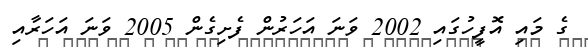
ގެ މައި އޮފީހުގައި 2002 ވަނަ އަހަރުން ފެށިގެން 2005 ވަނަ އަހަރާއި